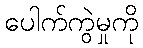
ပေါက်ကွဲမှုကို